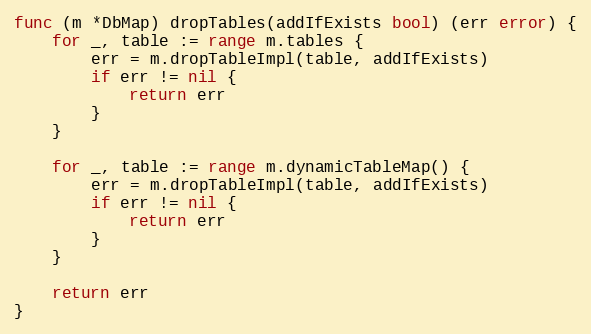
Language: Go
func (m *DbMap) dropTables(addIfExists bool) (err error) {
	for _, table := range m.tables {
		err = m.dropTableImpl(table, addIfExists)
		if err != nil {
			return err
		}
	}

	for _, table := range m.dynamicTableMap() {
		err = m.dropTableImpl(table, addIfExists)
		if err != nil {
			return err
		}
	}

	return err
}